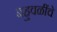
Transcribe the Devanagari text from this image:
बहुवळींचे